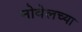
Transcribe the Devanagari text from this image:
नोवेलच्या